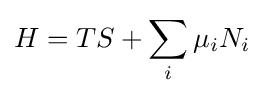
H=TS+\sum _{i}\mu _{i}N_{i}